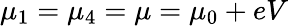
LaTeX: \mu_{1}=\mu_{4}=\mu=\mu_{0}+eV